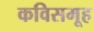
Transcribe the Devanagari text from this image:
कविसमूह